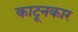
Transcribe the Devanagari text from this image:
काटूनकार